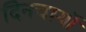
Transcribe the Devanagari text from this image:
दिनचार्यो